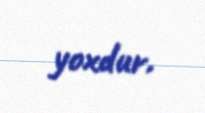
yoxdur.